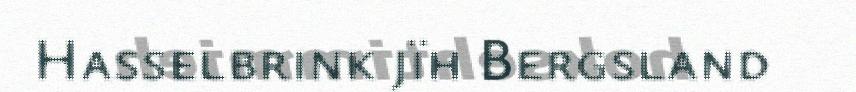
Hasselbrink jïh Bergsland